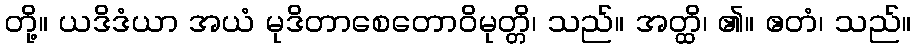
တို့။ ယဒိဒံယာ အယံ မုဒိတာစေတောဝိမုတ္တိ၊ သည်။ အတ္ထိ၊ ၏။ ဧတံ၊ သည်။